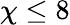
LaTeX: \chi\leq 8